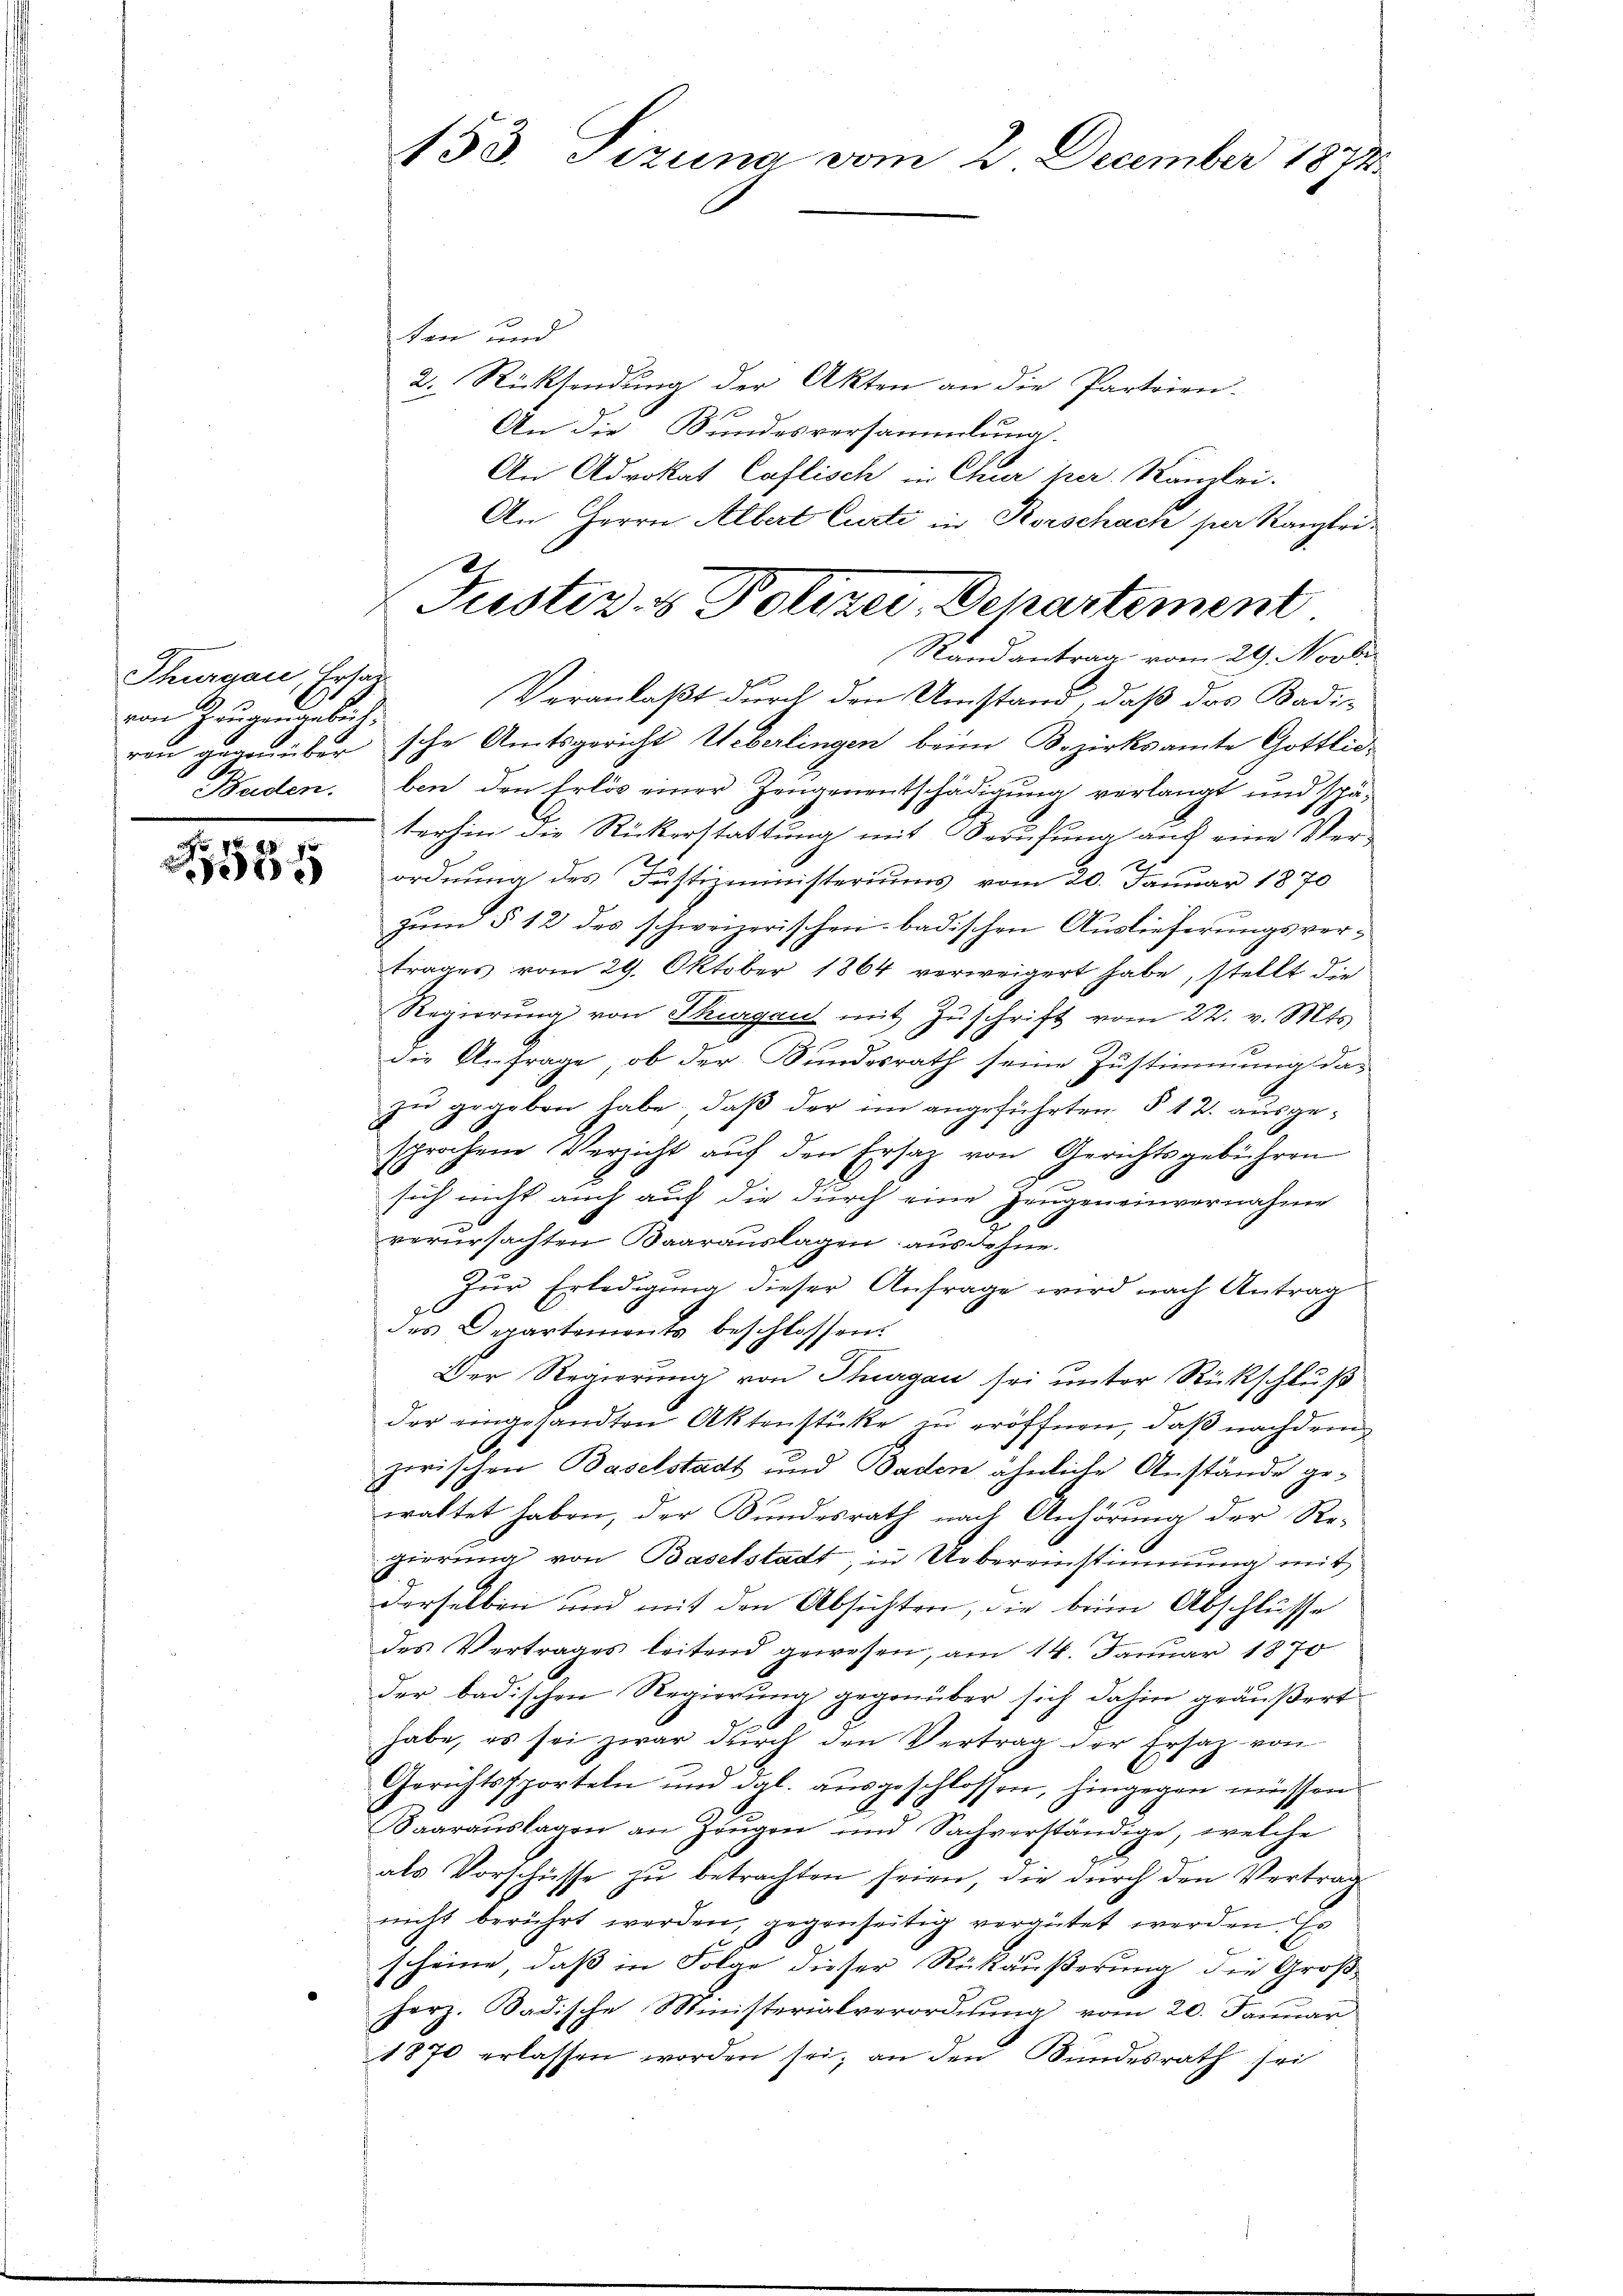
Thurgau, Ersatz
von Zeugen gebiet
Buden.

1

ten und
2. Rücksendung der Akten an die Parteien.
An die Kundesversammlung.
An Advokat Caflisch in Chur her. Kanzlei.
An Herrn Albert Curti in Korschach per Kanzleiren gegenüber sche Amtsgericht Ueberlingen beim Bezirksamte Gottlieben den Erlös einer Zeugenentschädigung verlangt und spä-
terhin die Rückerstattung mit Berufung auch eine Ver¬
E
ordnung des Justizministeriums vom 20. Januar 1870
zum § 12 des schweizerischen badischen Auslieferungsvertrages vom 29. Oktober 1864 verweigert habe, stellt die
Regierŭng von Thurgau mit Zŭschrift vom 22. v. Mts.
die Anfrage, ob der Kundesrath seine Zustimmung dazu gegeben habe; daß der im angeführten § 12. ausgesprochene Verzicht aŭf den Ersatz von Gerichtsgebühren
sich nicht auch auf die durch eine Zeugen einvernahme
verursachten Baarauslagen ausdehne.
Zur Erledigung dieser Anfrage wird nach Antrag
des Departements beschlossen:
Der Regierung von Thurgau sei unter Rückschluß
der eingesandten Aktenstücke zu eröffnen, daß nachdem
zwischen Baselstadt und Baden ähnliche Anstände gewaltet haben, der Bundesrath nach Anhörung der Re-
gierung von Baselstadt; in Uebereinstimmung mit
derselben und mit den Absichten, die bei Abschlüsse
des Vertrages leitend gewesen, am 14. Januar 1870
der badischen Regierung gegenüber sich dahin geäußert
habe, es sei zwar dŭrch den Vertrag der Ersatz von
Gerichtssporteln und dgl. ausgeschlossen, hingegen müssen
Saarauslagen an Zeugen und Sachverständige, welche
als Vorschüsse zu betrachten seien, die durch den Vertrag
nicht berührt werden, gegenseitig vergütet werden. Es
scheine, daß in Folge dieser Rückäußerung die Groß-
herz. Badische Ministerialverordnung vom 20. Januar
1870 erlassen worden sei, an den Bŭndesrath sei

153. Sizung vom 2. December 1874

I
Justiz- & Polizei, Departement
Randantrag vom 29. Novber
Veranlaßt durch den Umstand, daß das Badi¬